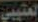
العتيبي